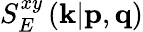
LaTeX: S_{E}^{xy}\left(\textit{\textbf{k}}|\textit{\textbf{p}},\textit{\textbf{q}}\right)